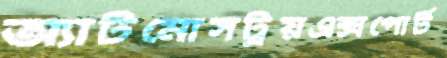
অ্যাটমোসট্রয়এক্সপোর্ট